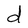
Character: d